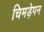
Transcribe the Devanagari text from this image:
चिमड़ेपन